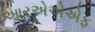
આરએએએફ